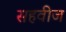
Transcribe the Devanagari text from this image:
सहवीज